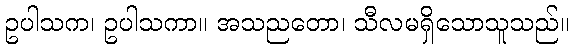
ဥပါသက၊ ဥပါသကာ။ အသညတော၊ သီလမရှိသောသူသည်။